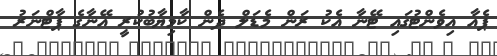
ޕެއާ އިވެންޓުގައި ޓޭނާ އެކު ރަން މެޑަލް ދެން ކާމިޔާބުކުރީ އޭނާގެ ޕާޓްނަރު